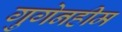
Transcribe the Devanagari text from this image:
गुगेनहीम